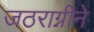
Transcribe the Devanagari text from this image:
जठराग्नीने